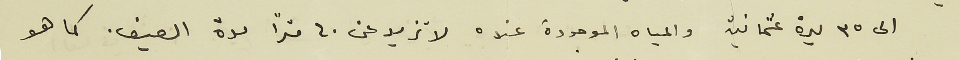
الى ٣٥ ليرة عثمانية والمياه الموجودة عنده لا تزيد عن ٤٠ متراً مدة الصيف. كما هو